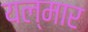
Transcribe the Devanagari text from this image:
यल्मार